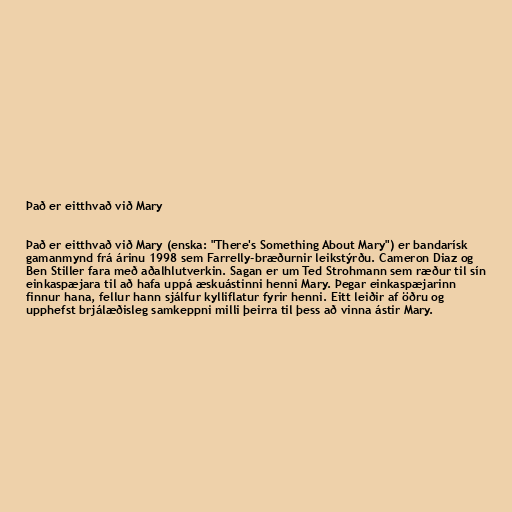
Það er eitthvað við Mary

Það er eitthvað við Mary (enska: "There's Something About Mary") er bandarísk
gamanmynd frá árinu 1998 sem Farrelly-bræðurnir leikstýrðu. Cameron Diaz og
Ben Stiller fara með aðalhlutverkin. Sagan er um Ted Strohmann sem ræður til sín
einkaspæjara til að hafa uppá æskuástinni henni Mary. Þegar einkaspæjarinn
finnur hana, fellur hann sjálfur kylliflatur fyrir henni. Eitt leiðir af öðru og
upphefst brjálæðisleg samkeppni milli þeirra til þess að vinna ástir Mary.